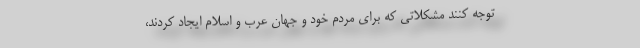
توجه کنند مشکلاتی که برای مردم خود و جهان عرب و اسلام ایجاد کردند،